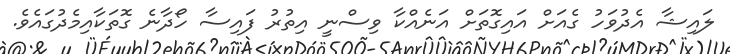
ލައިޝާ އެދުވަހު ގެއަށް އައިގޮތަށް އަނެއްކާ ވިސްނީ އިތުރު ފައިސާ ހޯދާނެ ގޮތަކާއިމެދުގައެވެ.